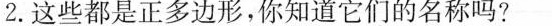
2.这些都是正多边形，你知道它们的名称吗?